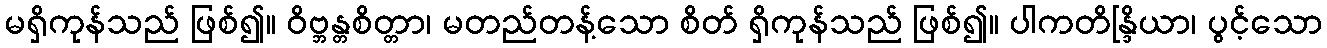
မရှိကုန်သည် ဖြစ်၍။ ဝိဗ္ဘန္တစိတ္တာ၊ မတည်တန့်သော စိတ် ရှိကုန်သည် ဖြစ်၍။ ပါကတိန္ဒြိယာ၊ ပွင့်သော